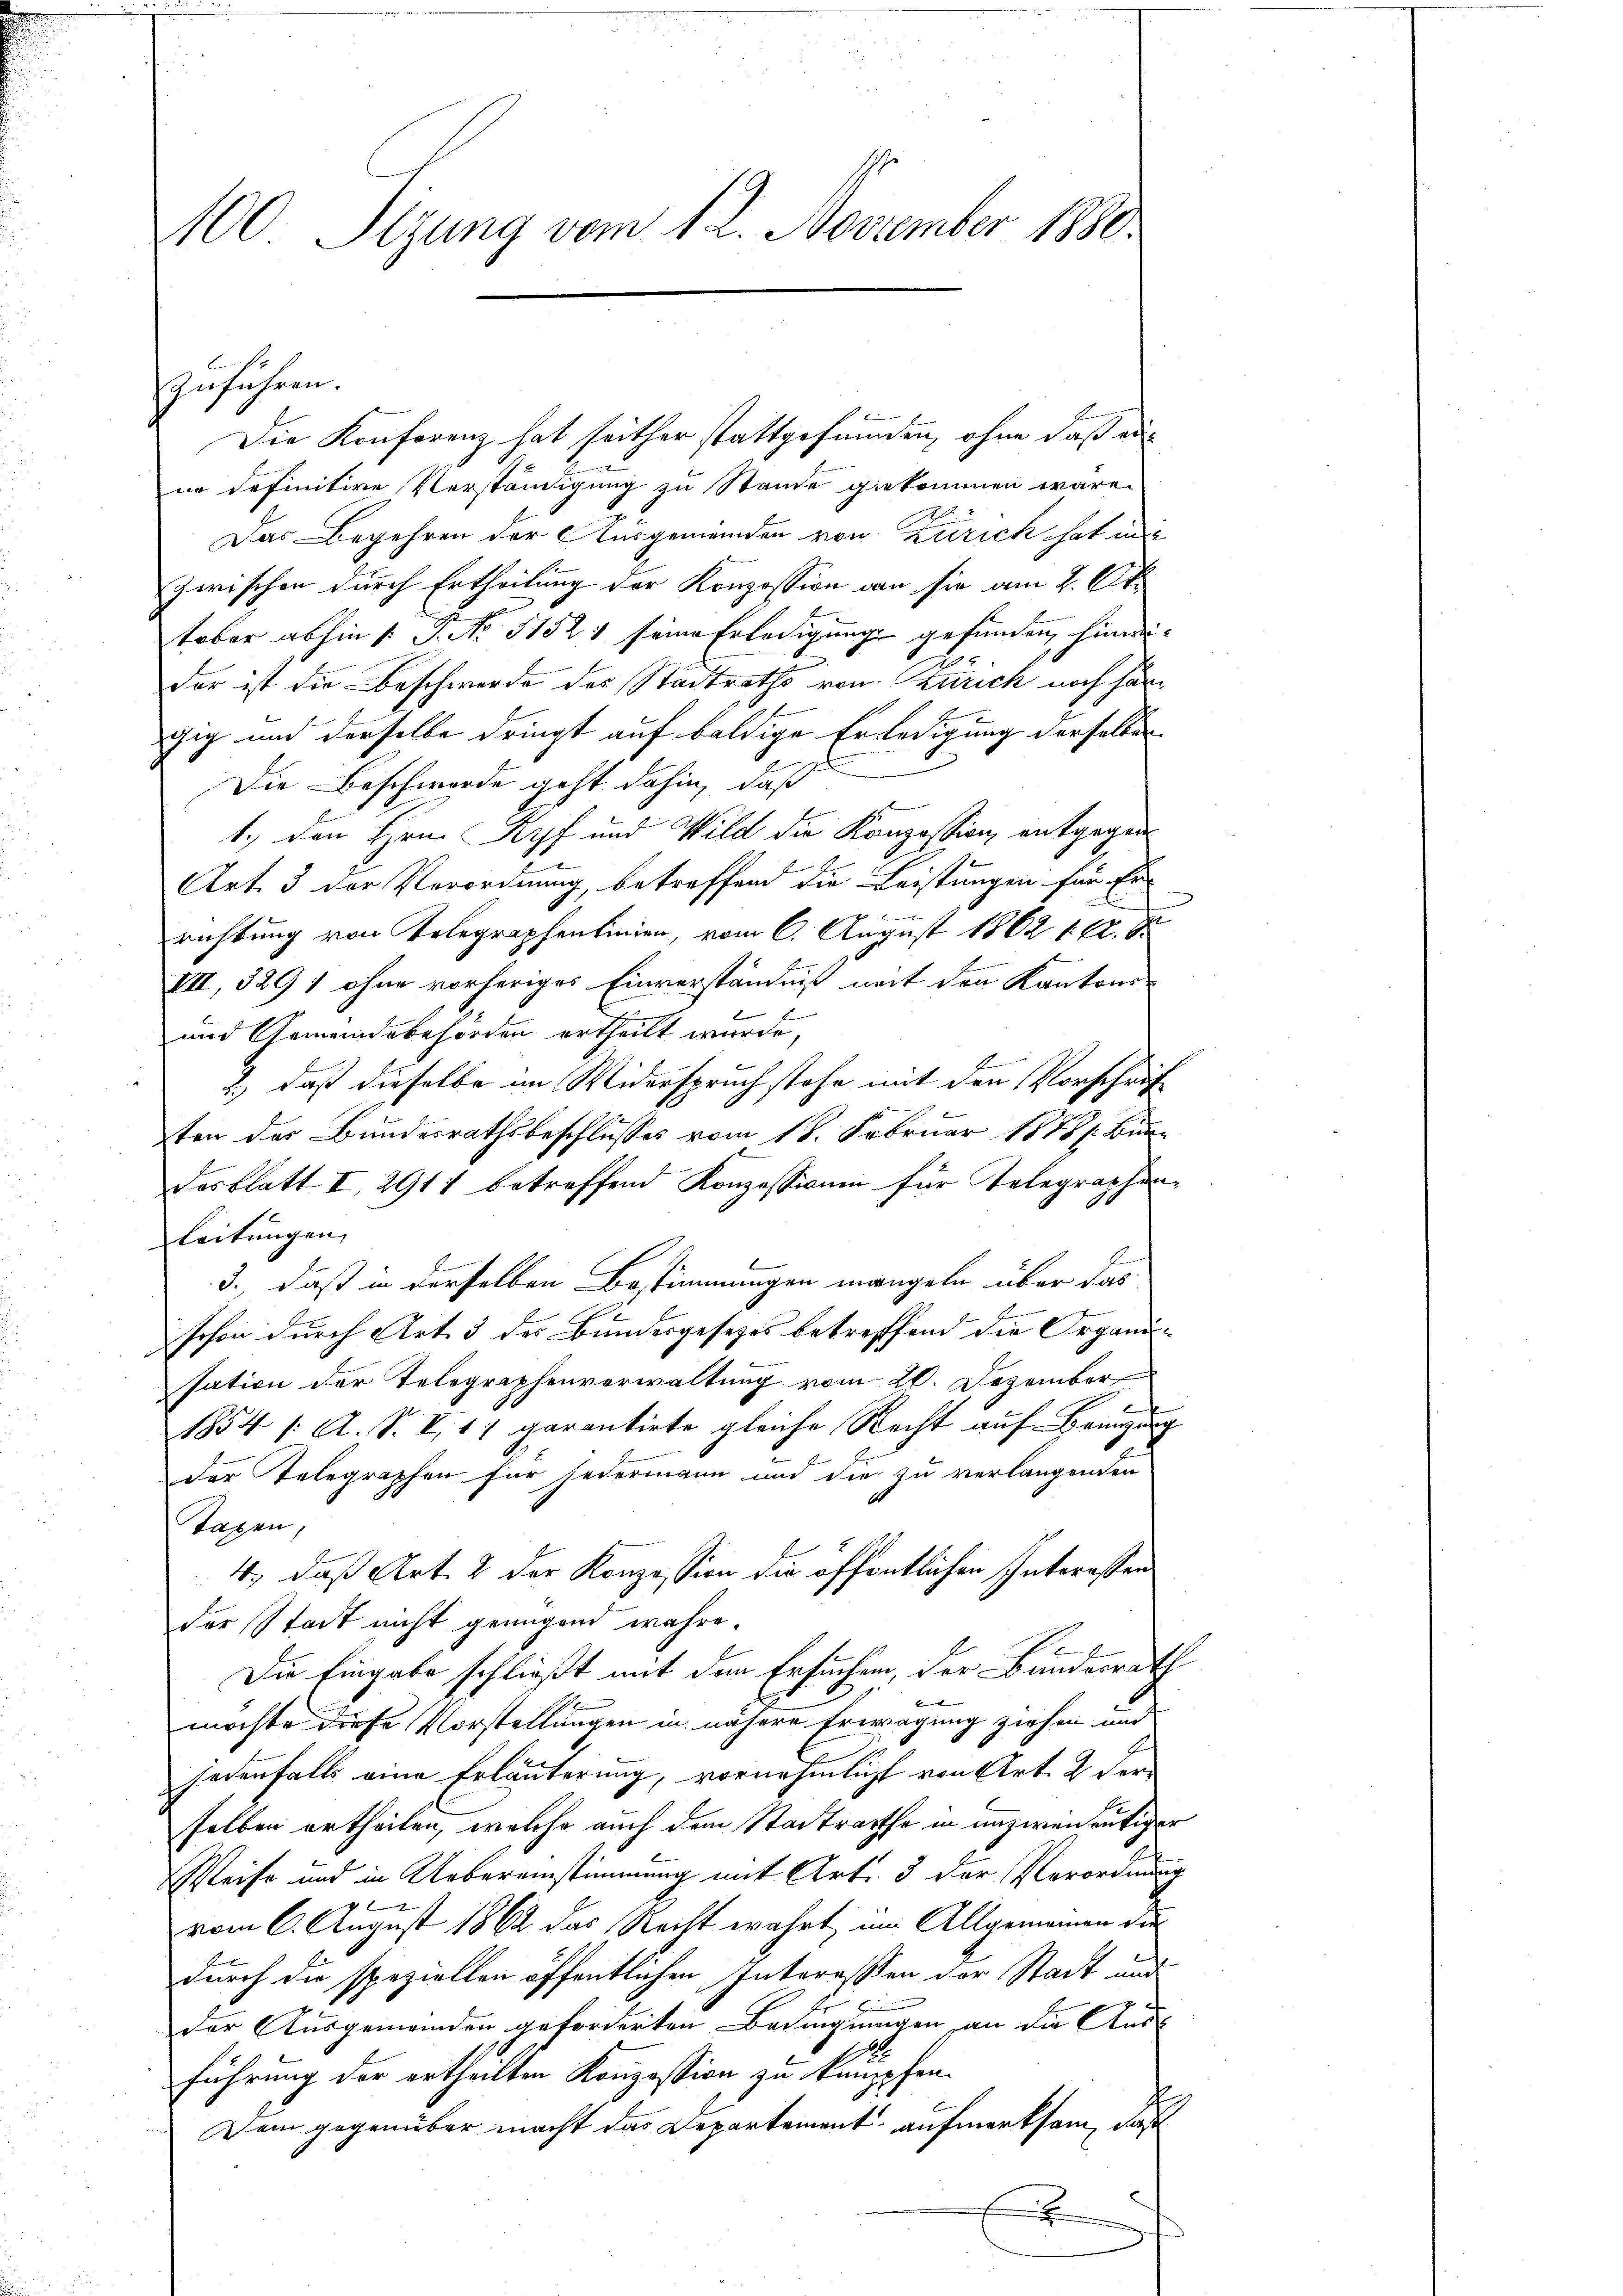
100 Sizung vom 12. November 1880.

zuführen.

Die Konferenz hat seither stattgefunden, ohne daß eine definitive Vorständigung zu Stande giekommen wäre.
Das Begehren der Ausgemeinden von Zürich hat mit
zwischen durch Ertheilung der Konzession den sie am 2. Okt
taber abhin 1. P. No 51521 seine Erledigung gefunden, hinweider ist die Beschwerde des Stadtraths von Zürich noch härgig und derselbe dringt auf baldige Erledigung derselben
Die Beschwerde geht dahin, daß
1.) Den Hrn. Kopf und Wild die Konzession, entgegen
Art. 3 der Verordnung, betreffend die Leistungen für Er-
richtung von Telegraphenlinien, vom 6. August 1862 162. S
VII, 329 1 ohne vorheriges Einverständniß mit den Kantons-
und Gemeindsbehörden ertheilt wurde,
2.) daß dieselbe im Widerspruch stehe mit den Vorschrif
ten der Bundesrathsbeschlusses vom 18. Februar 1878/. Bundesblatt I 2911 betreffend Konzessionen für Telegraphen¬
Leitungen,
3., daß in derselben Bestimmungen mangeln über das
schon durch Art. 3 des Bundesgesetzes betreffend die Organisation der Telegraphenvorwaltung vom 20. Dezember
1854 /: A. S. I 17 garantirte gleiche Recht auf Bringung
der Telegraphen für jedermann und die zu verlangenden
Taxen,
4., daß Art. 2 der Konzession die öffentlichen Interessen
der Stadt nicht genügend wahre.
Die Eingabe schließt mit dem Ersuchen, der Bundesrath
möchte diese Vorstellungen in nähere Erwägung ziehen und
jedenfalls eine Erläuterung, vornehmlich von Art. 2 derselben ertheilen, welche auch dem Stadtrathe in unzweidentiger
Weise und in Uebereinstimmung mit Art. 3 der Verordnung
vom 6. August 1862 das Recht wahrt, im Allgemeinen die
durch die speziellen öffentlichen Intereßen der Stadt und
der Ausgemeinden geforderten Bedingungen an die Ausführung der ertheilten Konzession zu kauppfen.
Dem gegenüber macht das Departement aufmerksam, daß
x